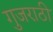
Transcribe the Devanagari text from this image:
गुजराठी